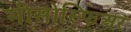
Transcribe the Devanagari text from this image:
मीसोस्फिअर